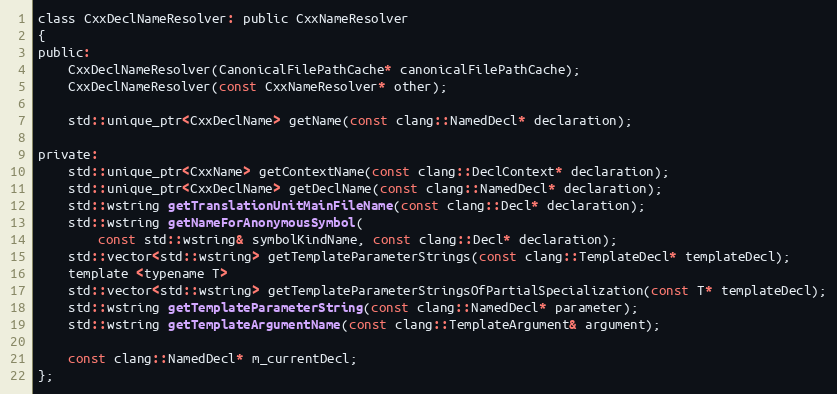
Language: C
class CxxDeclNameResolver: public CxxNameResolver
{
public:
	CxxDeclNameResolver(CanonicalFilePathCache* canonicalFilePathCache);
	CxxDeclNameResolver(const CxxNameResolver* other);

	std::unique_ptr<CxxDeclName> getName(const clang::NamedDecl* declaration);

private:
	std::unique_ptr<CxxName> getContextName(const clang::DeclContext* declaration);
	std::unique_ptr<CxxDeclName> getDeclName(const clang::NamedDecl* declaration);
	std::wstring getTranslationUnitMainFileName(const clang::Decl* declaration);
	std::wstring getNameForAnonymousSymbol(
		const std::wstring& symbolKindName, const clang::Decl* declaration);
	std::vector<std::wstring> getTemplateParameterStrings(const clang::TemplateDecl* templateDecl);
	template <typename T>
	std::vector<std::wstring> getTemplateParameterStringsOfPartialSpecialization(const T* templateDecl);
	std::wstring getTemplateParameterString(const clang::NamedDecl* parameter);
	std::wstring getTemplateArgumentName(const clang::TemplateArgument& argument);

	const clang::NamedDecl* m_currentDecl;
};